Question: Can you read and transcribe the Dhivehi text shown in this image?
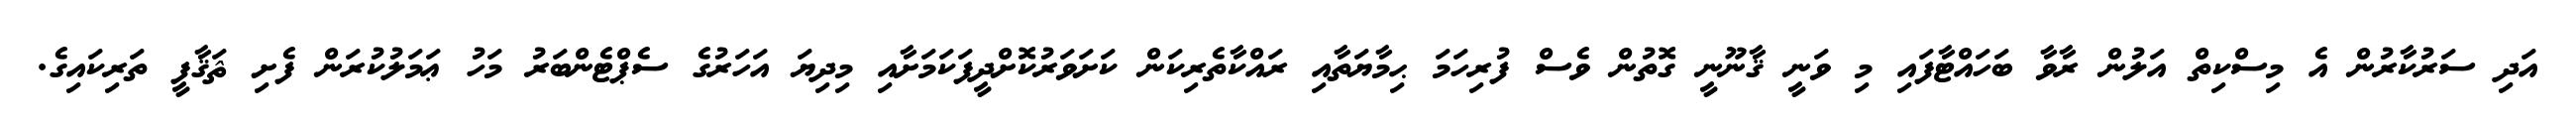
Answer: އަދި ސަރުކާރުން އެ މިސްކިތް އަލުން ރާވާ ބަހައްޓާފައި މި ވަނީ ޤާނޫނީ ގޮތުން ވެސް ފުރިހަމަ ޙިމާޔަތާއި ރައްކާތެރިކަން ކަށަވަރުކޮށްދީފަކަމަށާއި މިދިޔަ އަހަރުގެ ސެޕްޓެންބަރު މަހު ޢަމަލުކުރަން ފެށި ޘަޤާފީ ތަރިކައިގެ.